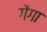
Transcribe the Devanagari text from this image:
गेंगा